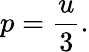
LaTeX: p={\frac{u}{3}}.